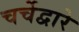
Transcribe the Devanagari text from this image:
चर्चेद्वारे